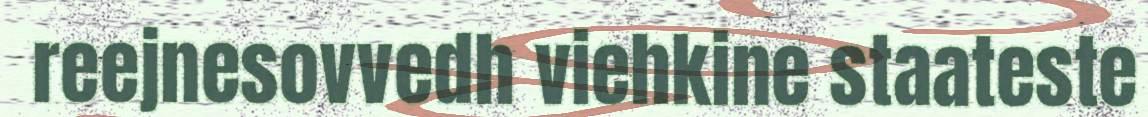
reejnesovvedh viehkine staateste